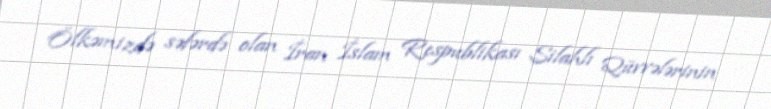
Ölkəmizdə səfərdə olan İran İslam Respublikası Silahlı Qüvvələrinin